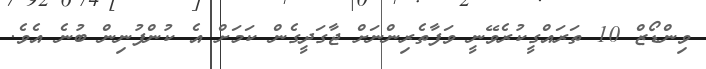
ވިންޑޯޒް 10 ތަރައްގީކުރެވޭނީ ވަފާތެރިންނަށް ޖާގަދީގެން ކަމަށް އެ ކުންފުނިން ބުނެ އެވެ.